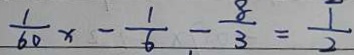
\frac { 1 } { 6 0 } x - \frac { 1 } { 6 } - \frac { 8 } { 3 } = \frac { 1 } { 2 }